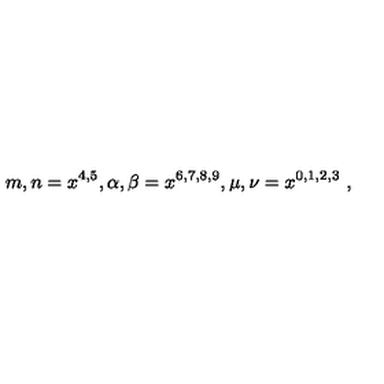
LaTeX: m , n = x ^ { 4 , 5 } , \alpha , \beta = x ^ { 6 , 7 , 8 , 9 } , \mu , \nu = x ^ { 0 , 1 , 2 , 3 } \ ,